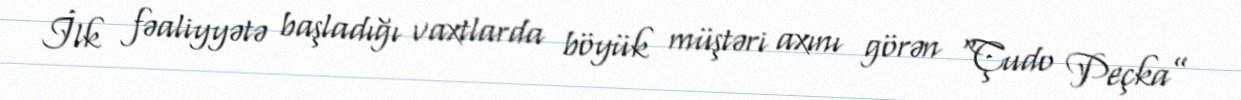
İlk fəaliyyətə başladığı vaxtlarda böyük müştəri axını görən “Çudo Peçka”